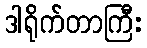
ဒါရိုက်တာကြီး